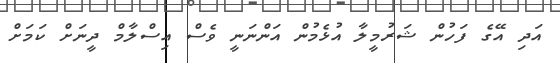
އަދި އޭގެ ފަހުން ޝަރުމީލާ އުޅެމުން އަންނަނީ ވެސް އިސްލާމް ދީނަށް ކަމަށް